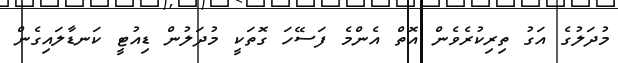
މުދަލުގެ އަގު ތިރިކުރެވެން އޮތް އެންމެ ފަސޭހަ ގޮތަކީ މުދަލުން ޑިއުޓީ ކަނޑާލައިގެން